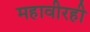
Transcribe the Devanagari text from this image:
महावीरही